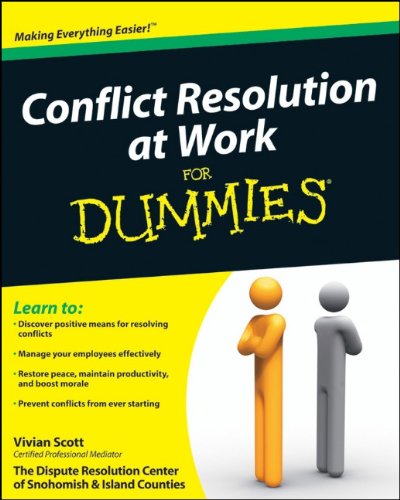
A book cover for Conflict Resolution at Work For Dummies; Vivian Scott; Business & Money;